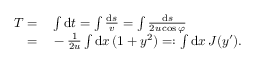
\begin{array} { r l } { T = } & { { } \int \mathrm { d } t = \int \frac { \mathrm { d } s } { v } = \int \frac { \mathrm { d } s } { 2 u \cos \varphi } } \\ { = } & { { } - \frac { 1 } { 2 u } \int \mathrm { d } x \, ( 1 + y ^ { 2 } ) = : \int \mathrm { d } x \, J ( y ^ { \prime } ) . } \end{array}